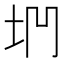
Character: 𡊐